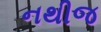
નથીજ